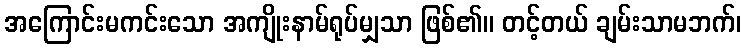
အကြောင်းမကင်းသော အကျိုးနာမ်ရုပ်မျှသာ ဖြစ်၏။ တင့်တယ် ချမ်းသာမဘက်၊